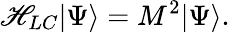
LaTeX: \mathscr{H}_{LC}\vert\Psi\rangle=M^{2}\vert\Psi\rangle.